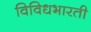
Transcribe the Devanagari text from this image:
विविधभारती